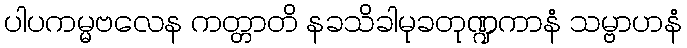
ပါပကမ္မဗလေန ကတ္တာတိ နခသိခါမုခတုဏ္ဍကာနံ သမ္ဗာဟနံ